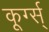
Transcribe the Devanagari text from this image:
कूर्ग्स्